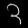
Digit: ၃